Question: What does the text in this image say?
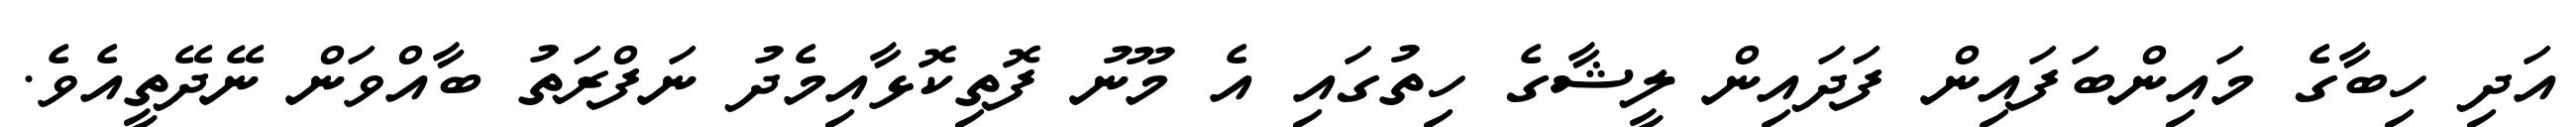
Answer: އަދި ހިބާގެ މައިންބަފައިން ފަދައިން ލީޝާގެ ހިތުގައި އެ މޫނު ފޮތިކޮޅާއިމެދު ނަފްރަތު ބާއްވަން ނޭދޭތީއެވެ.